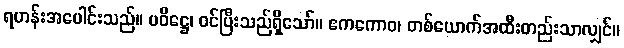
ရဟန်းအပေါင်းသည်။ ပဝိဋ္ဌေ၊ ဝင်ပြီးသည်ရှိသော်။ ဧကကောဝ၊ တစ်ယောက်အထီးတည်းသာလျှင်။